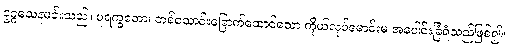
ဥဂ္ဂသေနမင်းသည်။ ပုရက္ခတော၊ တစ်သောင်းခြောက်ထောင်သော ကိုယ်လုပ်မောင်းမ အပေါင်းခြံရံသည်ဖြစ်၍။